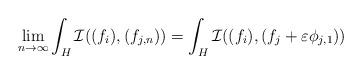
LaTeX: \begin{align*} \lim_{n \to \infty} \int_H \mathcal{I}((f_i), (f_{j,n})) = \int_H \mathcal{I}((f_i), (f_j + \varepsilon \phi_{j,1}))\end{align*}